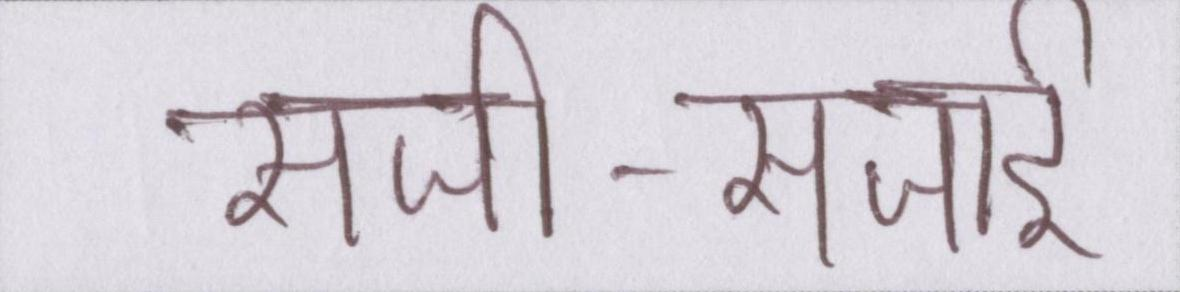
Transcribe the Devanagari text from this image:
सजी-सजाई